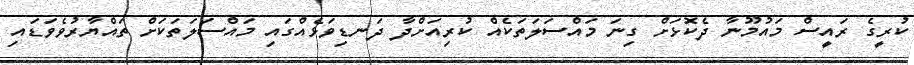
ކުރީގެ ރައީސް މައުމޫނާ ދެކޮޅަށް ގިނަ މައްސަލަތަކެއް ކުރިއަށްދާ ދަނޑިވަޅެއްގައި މައްސަލަތަކަށް ތައްޔާރުވެވަޑައި